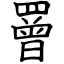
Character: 罾